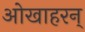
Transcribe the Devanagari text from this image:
ओखाहरन्